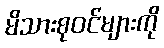
မိသားစုဝင်များကို